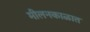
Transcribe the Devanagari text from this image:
मीलनकाळात